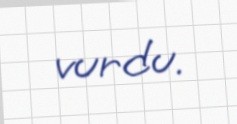
vurdu.